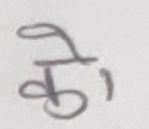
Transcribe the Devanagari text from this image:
को